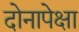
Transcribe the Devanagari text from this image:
दोनापेक्षा